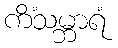
ကိံသမ္ဘာရံ